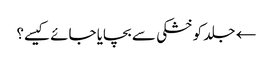
← جلد کو خشکی سے بچایا جائے کیسے؟